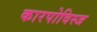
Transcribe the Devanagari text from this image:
कारपोविस्ज